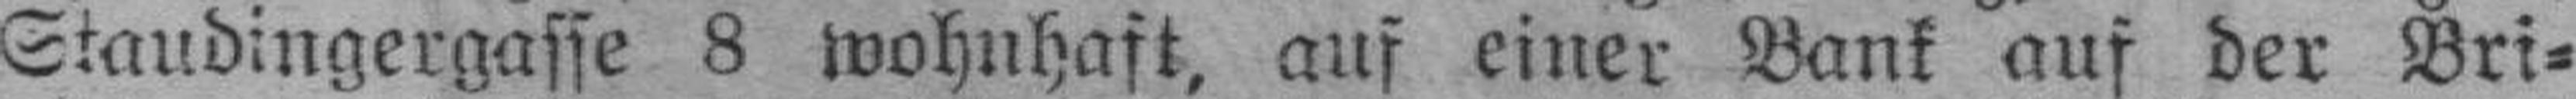
Staudingergasse 8 wohnhaft, auf einer Bank auf der Bri¬